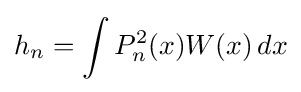
h_{n}=\int P_{n}^{2}(x)W(x)\,dx